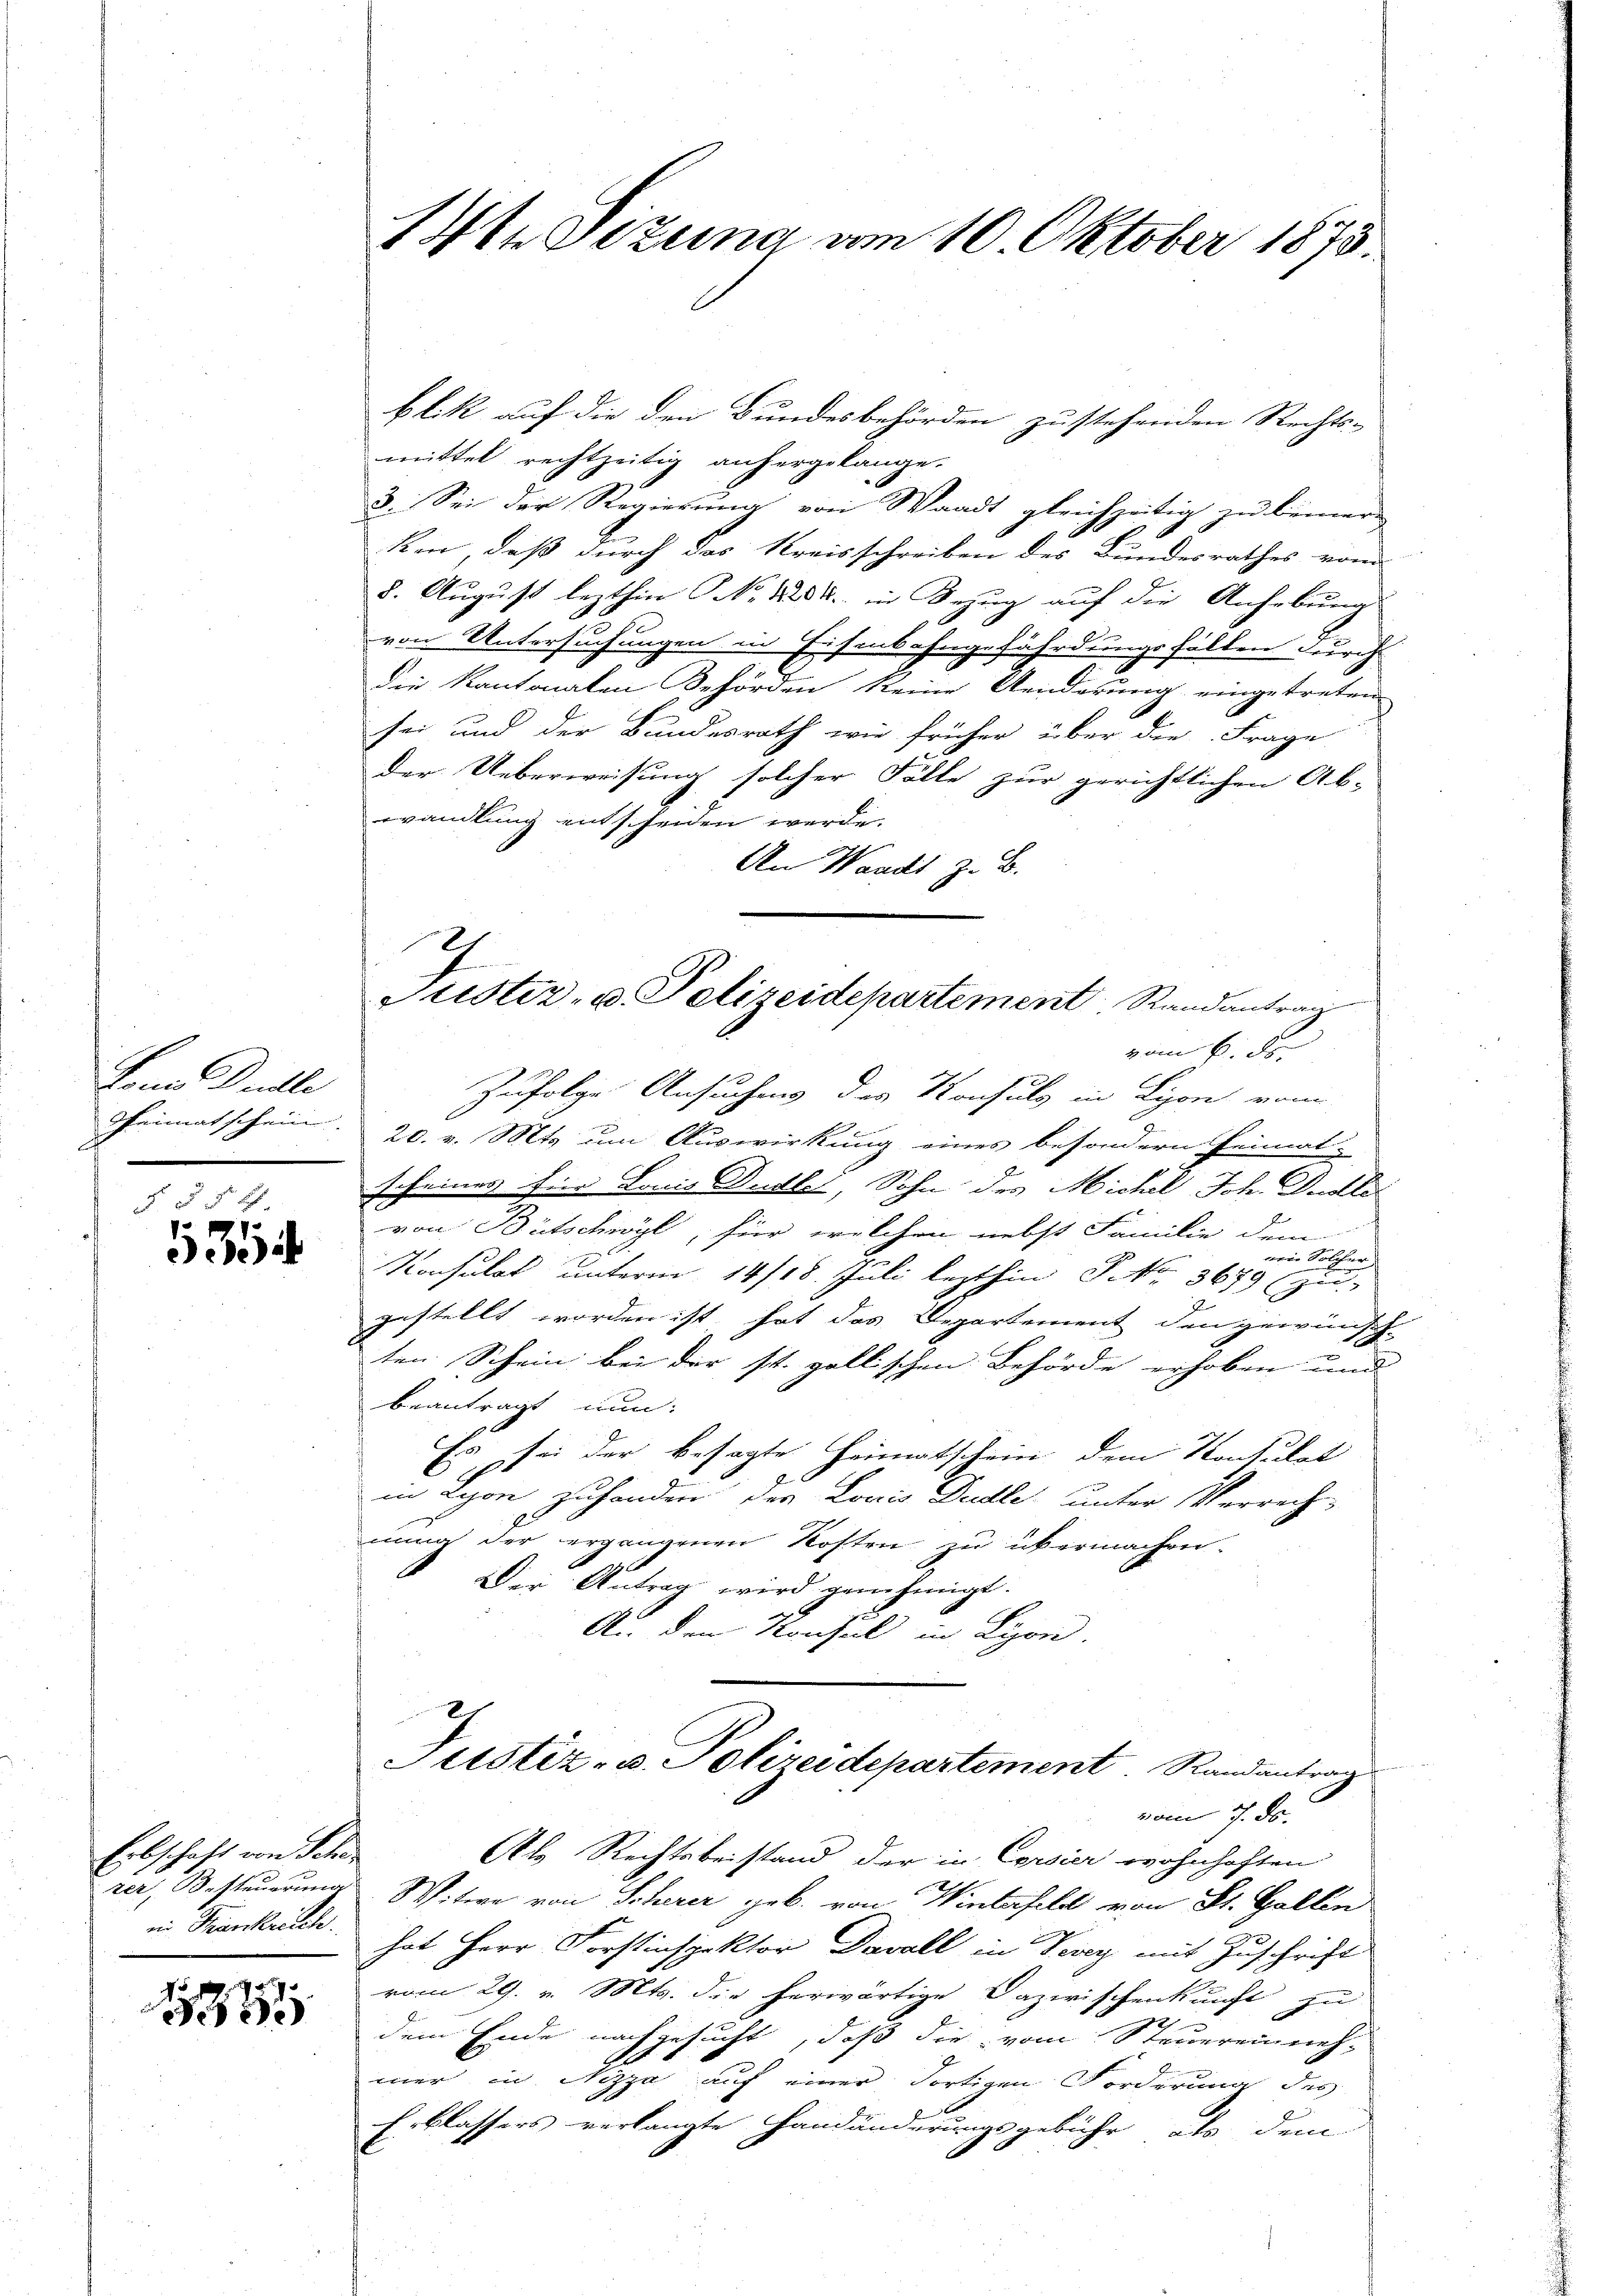
Bann Duelle
Gheimatschein

§ 4
1
ee)

Erbschaft von Schen
rer, Besteuerung
in Trankreich.

1

14tn Sizung am 10. Oktober 1875.

blik auf die den Bundesbehörden zustehenden Rechts-
mittel rechtzeitig anhergelange.
3. Sei der Regierung von Waadt gleichzeitig zu keiner
ken, daß durch das Kreisschreiben des Bundesrathes vom
8. August lezthin NNo. 1882 in Bezug auf die Anhebungs
von Untersuchungen in Eisenbahngefährdungsfällen durch
2
die Kantonalen Behörden keine Anderung eingetreten
sei und der Bundesrath wie früher über die Frage
der Ueberweisung solcher Fälle zur gerichtlichen Ab-
wandlung entscheiden werde.
An Waadt z. B.

E
Justiz- u. Polizeidepartement Randantrag
vom 6. der

Zufolge Ansuchung des Konsulg in Lyon von
20. v. Mts. um Auswirkung eines besondern Heimat-
scheines für Louis Dudlet, Sohn des Michel Joh. Gudle
von Bütschwyl, für welchen nebst Familie dem
nein Solcher
Konsulat unterm 14/18. Juli lezthin No 3679 (zu
gestellt worden ist, hat das Departement den gewünsch-
ten Schein bei der st. gallischen Behörde erhoben und
beantragt nun:
C
Es sei der besagte Heimatschein dem Konsulat
in Lyon zuhanden des Loris Dudle unter Verrech-
nung der ergangenen Kosten zu übermachen.
Der Antrag wird genehmigt.
Au den Konsul in Lyon.

Justiz- u. Polizeidepartement Randantrag
vom 7. ds.

Als Rechtsbeistand der in Corsier wohnhaften
Witwe von Scherer geb. von Winterfeld von St. Gallen
hat Herr Forstinspektor Davall in Vevey mit Zuschrift
vom 29. v. Mts. die herwärtige Dazwischenkunft zu
dem Ende nachgesucht, daß die vom Steueren neh-
mer in Nizza auf einer dortigen Forderung des
Erblassers verlangte Handänderungsgebühr als dem